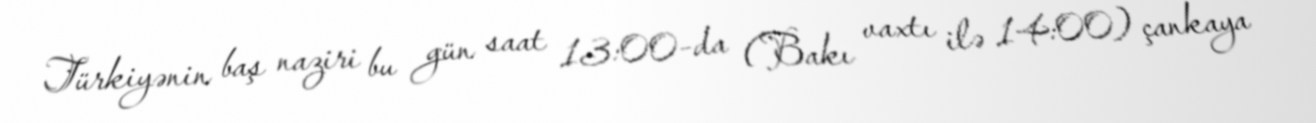
Türkiyənin baş naziri bu gün saat 13:00-da (Bakı vaxtı ilə 14:00) çankaya